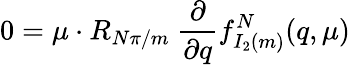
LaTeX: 0=\mu\cdot R_{{N\pi}/m}\ {\frac{\partial}{\partial q}}f_{I_{2}(m)}^{N}(q,\mu)